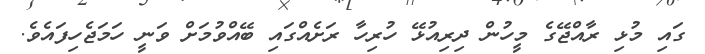
ގައި މުޅި ރާއްޖޭގެ މީހުން ދިރިއުޅޭ ހުރިހާ ރަށެއްގައި ބޭއްވުމަށް ވަނީ ހަމަޖެހިފައެވެ.